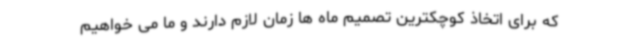
که برای اتخاذ کوچکترین تصمیم ماه ها زمان لازم دارند و ما می خواهیم